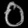
Digit: ၀